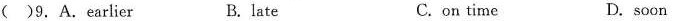
()9. A. Earlier B. late C.on time D.soon